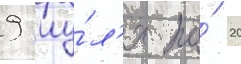
9 иу́л'я по́ 20